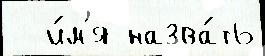
  и́м'я назва́ть